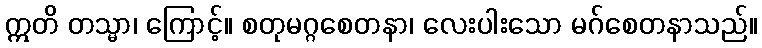
ဣတိ တသ္မာ၊ ကြောင့်။ စတုမဂ္ဂစေတနာ၊ လေးပါးသော မဂ်စေတနာသည်။